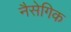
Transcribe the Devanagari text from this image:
नैसेगिक